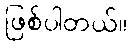
ဖြစ်ပါတယ်။